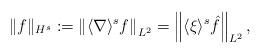
LaTeX: \begin{align*}\Vert f\Vert _{H^{s}}:=\left\|\langle\nabla\rangle^sf\right\|_{L^2}=\left\Vert \langle \xi \rangle ^{s}\hat{f}\right\Vert _{L^{2}},\end{align*}